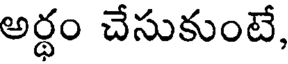
అర్థం చేసుకుంటే,